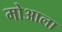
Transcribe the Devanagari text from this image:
मोआला